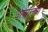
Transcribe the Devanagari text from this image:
वापरांच्या